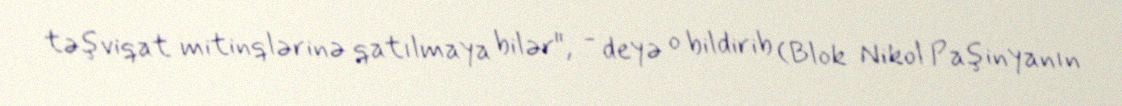
təşviqat mitinqlərinə qatılmaya bilər", - deyə o bildirib (Blok Nikol Paşinyanın